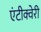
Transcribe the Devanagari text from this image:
एंटीक्वेरी